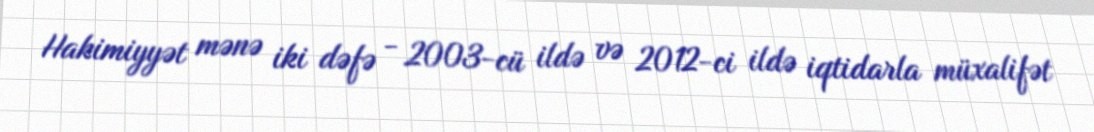
Hakimiyyət mənə iki dəfə - 2003-cü ildə və 2012-ci ildə iqtidarla müxalifət